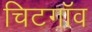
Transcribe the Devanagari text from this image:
चिटगॉव